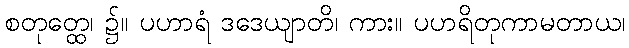
စတုတ္ထေ၊ ၌။ ပဟာရံ ဒဒေယျာတိ၊ ကား။ ပဟရိတုကာမတာယ၊